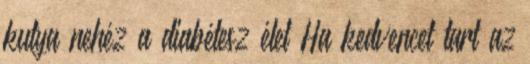
kutya nehéz a diabétesz élet Ha kedvencet tart az